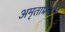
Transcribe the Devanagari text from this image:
अमृताप्रमाणे